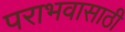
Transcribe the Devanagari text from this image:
पराभवासाठी